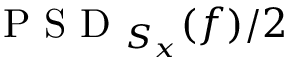
\mathrm { ~ P ~ S ~ D ~ } _ { S _ { x } } ( f ) / 2